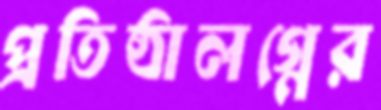
প্রতিষ্ঠালগ্নের